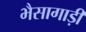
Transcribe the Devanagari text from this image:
भैसागाड़ी